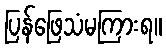
ပြန်ဖြေသံမကြားရ။